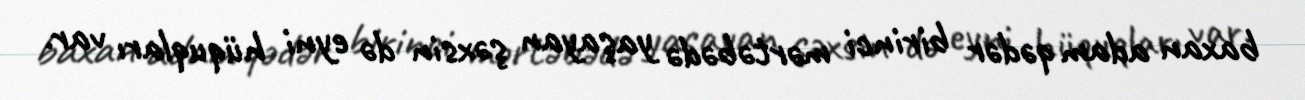
baxan adam qədər birinci mərtəbədə yaşayan şəxsin də eyni hüquqları var.